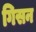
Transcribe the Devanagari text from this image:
गिसन